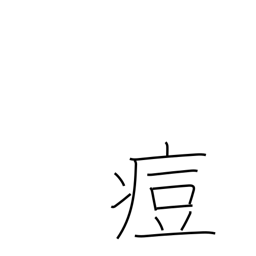
Meaning: pox